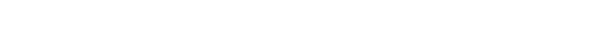
သုတေသီ ဂျာရက် နေးသန် ဘစ်စင်ဂါ က သူ့အမြင်ကို ပြောပါတယ်။